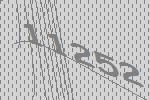
11252